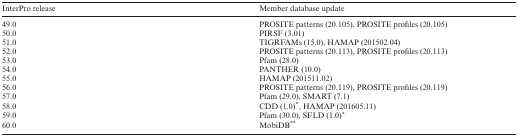
<table><thead><tr><td><b>InterPro release</b></td><td><b>Member database update</b></td></tr></thead><tbody><tr><td>49.0</td><td>PROSITE patterns (20.105), PROSITE profiles (20.105)</td></tr><tr><td>50.0</td><td>PIRSF (3.01)</td></tr><tr><td>51.0</td><td>TIGRFAMs (15.0), HAMAP (201502.04)</td></tr><tr><td>52.0</td><td>PROSITE patterns (20.113), PROSITE profiles (20.113)</td></tr><tr><td>53.0</td><td>Pfam (28.0)</td></tr><tr><td>54.0</td><td>PANTHER (10.0)</td></tr><tr><td>55.0</td><td>HAMAP (201511.02)</td></tr><tr><td>56.0</td><td>PROSITE patterns (20.119), PROSITE profiles (20.119)</td></tr><tr><td>57.0</td><td>Pfam (29.0), SMART (7.1)</td></tr><tr><td>58.0</td><td>CDD (1.0)*, HAMAP (201605.11)</td></tr><tr><td>59.0</td><td>Pfam (30.0), SFLD (1.0)*</td></tr><tr><td>60.0</td><td>MobiDB**</td></tr></tbody></table>